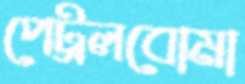
পেট্রলবোমা